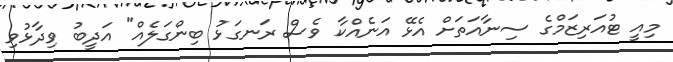
މިއީ ޓުއަރިޒަމްގެ ސިނާއަތަށް އެޅޭ އަނެއްކާ ވެސް ރަނގަޅު ބިންގަލެއް" އަދީބު ވިދާޅުވި